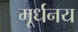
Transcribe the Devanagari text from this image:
मूर्धनय